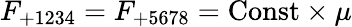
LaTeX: F_{+1234}=F_{+5678}=\mathrm{Const}\times\mu